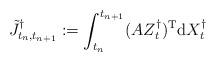
LaTeX: \begin{align*}\tilde J^\dagger_{t_n,t_{n+1}} := \int_{t_n}^{t_{n+1}} (A Z_t^\dagger)^{\rm T} {\rm d} X_t^\dagger\end{align*}